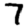
Digit: 7